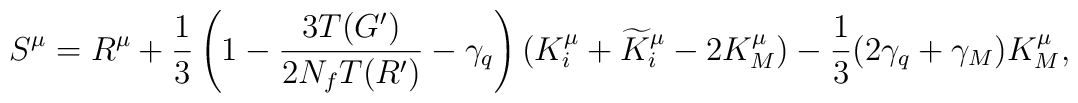
S^{\mu} = R^{\mu} + \frac{1}{3} \left( 1 - \frac{3T (G')}{2N_f T(R')} - \gamma_q \right) ( K^{\mu}_i + \widetilde{K}^{\mu}_i-2K^{\mu}_M ) - \frac{1}{3} (2\gamma_q + \gamma_M) K^{\mu}_M,